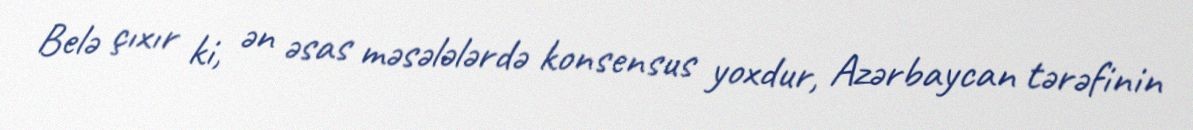
Belə çıxır ki, ən əsas məsələlərdə konsensus yoxdur, Azərbaycan tərəfinin